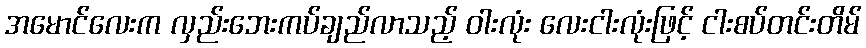
အမောင်လေးက လှည်းဘေးကပ်ချည်လာသည့် ဝါးလုံး လေးငါးလုံးဖြင့် ငါးစပ်တင်းတိမ်